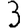
Digit: 3